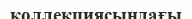
коллекциясындағы